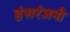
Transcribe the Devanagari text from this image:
हंसरंजनी